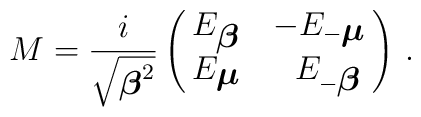
M = \frac{i }{ \sqrt{{\mbox{\boldmath $\beta$}}^2}}        \left(\matrix{E_{\mbox{\boldmath $\beta$}}  &       -E_{-{\mbox{\boldmath $\mu$}}} \cr       E_{\mbox{\boldmath $\mu$}}  & \,\,\,       E_{-{\mbox{\boldmath $\beta$}}}} \right)\, .